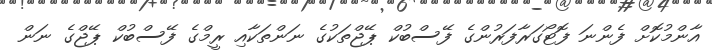
އާންމުކޮށް ފެންނަ ފޮޓޯގަރާފަރުންގެ ފޭސްބުކް ޕޭޖްތަކުގެ ނަންތަކާއި ރީމްގެ ފޭސްބުކް ޕޭޖްގެ ނަން